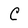
Character: C